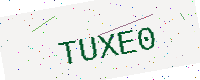
Text: TUXE0